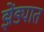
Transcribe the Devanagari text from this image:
झेंड्यात